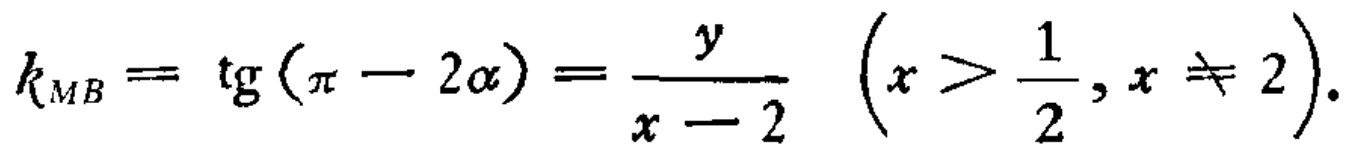
\[k_{MB}= \operatorname{tg}(\pi - 2\alpha)=\frac{y}{x - 2}\quad\left(x > \frac{1}{2},x\neq 2\right).\]